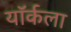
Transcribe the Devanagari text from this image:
यॉर्कला